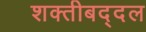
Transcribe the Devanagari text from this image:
शक्तीबद्दल